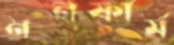
ননফার্ম